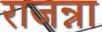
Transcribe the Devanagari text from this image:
राजन्ना